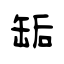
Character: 缿